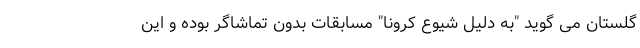
گلستان می گوید "به دلیل شیوع کرونا" مسابقات بدون تماشاگر بوده و این